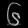
Digit: ၆